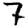
Digit: 7